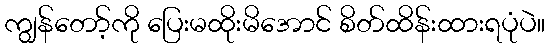
ကျွန်တော့်ကို ပြေးမထိုးမိအောင် စိတ်ထိန်းထားရပုံပဲ။